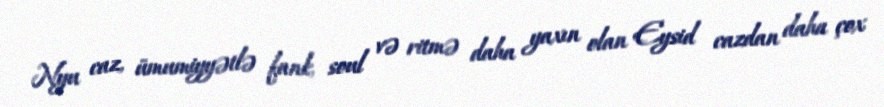
Nyu caz, ümumiyyətlə fank, soul və ritmə daha yaxın olan Eysid cazdan daha çox